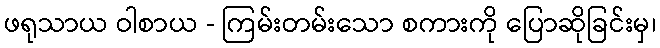
ဖရုသာယ ဝါစာယ - ကြမ်းတမ်းသော စကားကို ပြောဆိုခြင်းမှ၊